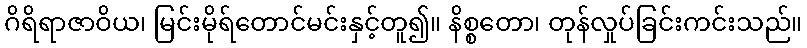
ဂိရိရာဇာဝိယ၊ မြင်းမိုရ်တောင်မင်းနှင့်တူ၍။ နိစ္စတော၊ တုန်လှုပ်ခြင်းကင်းသည်။